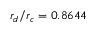
r _ { d } / r _ { c } = 0 . 8 6 4 4